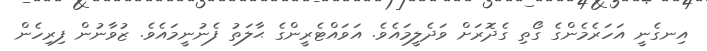
އިނގެނީ އަހަރެމެންގެ ގޯތި ގެދޮރަށް ވަދެލީމައެވެ. އަވައްޓެރީންގެ ޙާލަތު ފެނުނީމައެވެ. ޒުވާނުން ފިރިހެން